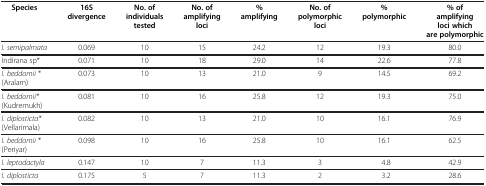
<table><thead><tr><td><b>Species</b></td><td><b>16S divergence</b></td><td><b>No. of individuals tested</b></td><td><b>No. of amplifying loci</b></td><td><b>% amplifying</b></td><td><b>No. of polymorphic loci</b></td><td><b>% polymorphic</b></td><td><b>% of amplifying loci which are polymorphic</b></td></tr></thead><tbody><tr><td><i>I. semipalmata</i></td><td>0.069</td><td>10</td><td>15</td><td>24.2</td><td>12</td><td>19.3</td><td>80.0</td></tr><tr><td>Indirana sp*</td><td>0.071</td><td>10</td><td>18</td><td>29.0</td><td>14</td><td>22.6</td><td>77.8</td></tr><tr><td><i>I. beddomii</i> * (Aralam)</td><td>0.073</td><td>10</td><td>13</td><td>21.0</td><td>9</td><td>14.5</td><td>69.2</td></tr><tr><td><i>I. beddomii*</i> (Kudremukh)</td><td>0.081</td><td>10</td><td>16</td><td>25.8</td><td>12</td><td>19.3</td><td>75.0</td></tr><tr><td><i>I. diplosticta*</i> (Vellarimala)</td><td>0.082</td><td>10</td><td>13</td><td>21.0</td><td>10</td><td>16.1</td><td>76.9</td></tr><tr><td><i>I. beddomii</i> * (Periyar)</td><td>0.098</td><td>10</td><td>16</td><td>25.8</td><td>10</td><td>16.1</td><td>62.5</td></tr><tr><td><i>I. leptodactyla</i></td><td>0.147</td><td>10</td><td>7</td><td>11.3</td><td>3</td><td>4.8</td><td>42.9</td></tr><tr><td><i>I. diplosticta</i></td><td>0.175</td><td>5</td><td>7</td><td>11.3</td><td>2</td><td>3.2</td><td>28.6</td></tr></tbody></table>